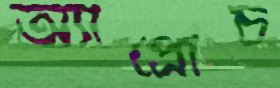
অ্যাপ্রোচ